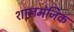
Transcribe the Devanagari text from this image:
शालमंजिक